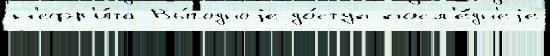
н'ефр'и́та Вы́годноjе до́ступ посл'е́дн'еjе